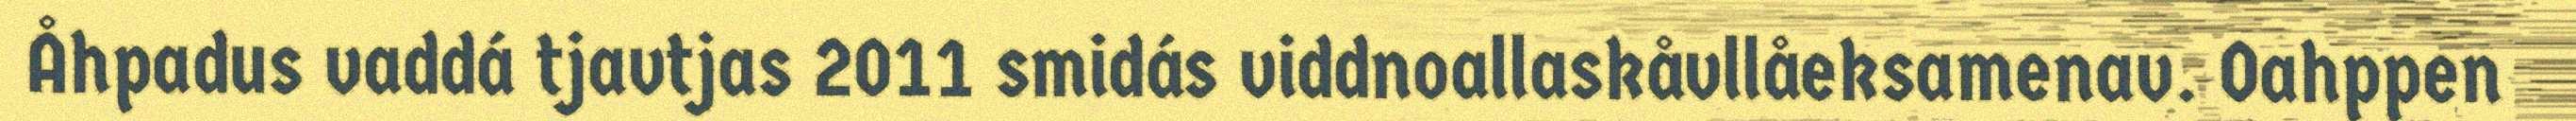
Åhpadus vaddá tjavtjas 2011 smidás viddnoallaskåvllåeksamenav. Oahppen